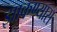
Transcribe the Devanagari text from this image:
झाकण्यास